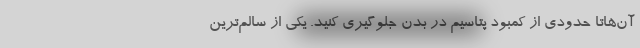
آن‌هاتا حدودی از کمبود پتاسیم در بدن جلوگیری کنید. یکی از سالم‌ترین